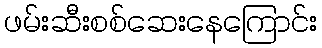
ဖမ်းဆီးစစ်ဆေးနေကြောင်း